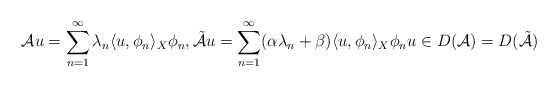
\begin{align*} \mathcal{A}u = \sum_{n = 1}^{\infty} \lambda_{n} \langle u, \phi_{n}\rangle_{X} \phi_{n}, \tilde{\mathcal{A}} u = \sum_{n = 1}^{\infty} (\alpha \lambda_{n} + \beta) \langle u, \phi_{n}\rangle_{X} \phi_{n} u \in D(\mathcal{A}) = D(\tilde{\mathcal{A}}) \end{align*}